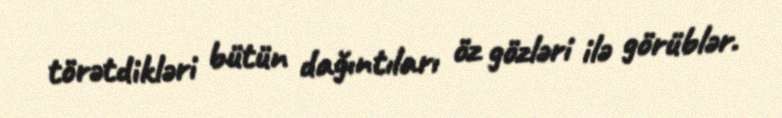
törətdikləri bütün dağıntıları öz gözləri ilə görüblər.